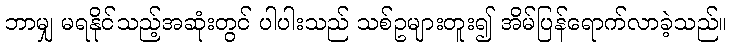
ဘာမျှ မရနိုင်သည့်အဆုံးတွင် ပါပါးသည် သစ်ဥများတူး၍ အိမ်ပြန်ရောက်လာခဲ့သည်။